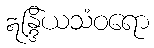
ဣန္ဒြိယသံဝရော